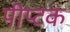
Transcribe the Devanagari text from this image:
पीप्टक